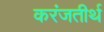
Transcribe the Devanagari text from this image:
करंजतीर्थ